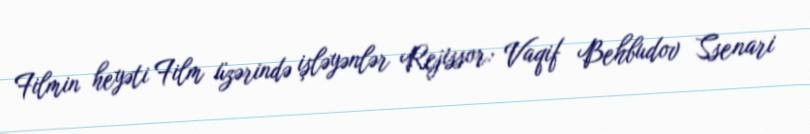
Filmin heyəti Film üzərində işləyənlər Rejissor: Vaqif Behbudov Ssenari